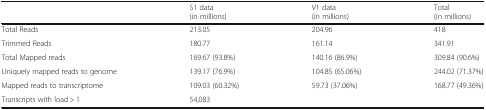
<table><thead><tr><td></td><td><b>S1 data(in millions)</b></td><td><b>V1 data(in millions)</b></td><td><b>Total(in millions)</b></td></tr></thead><tbody><tr><td>Total Reads</td><td>213.05</td><td>204.96</td><td>418</td></tr><tr><td>Trimmed Reads</td><td>180.77</td><td>161.14</td><td>341.91</td></tr><tr><td>Total Mapped reads</td><td>169.67 (93.8%)</td><td>140.16 (86.9%)</td><td>309.84 (90.6%)</td></tr><tr><td>Uniquely mapped reads to genome</td><td>139.17 (76.9%)</td><td>104.85 (65.06%)</td><td>244.02 (71.37%)</td></tr><tr><td>Mapped reads to transcriptome</td><td>109.03 (60.32%)</td><td>59.73 (37.06%)</td><td>168.77 (49.36%)</td></tr><tr><td>Transcripts with load &gt; 1</td><td colspan="3">54,083</td></tr></tbody></table>